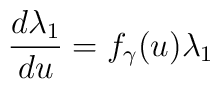
\frac{d\lambda_1}{du} = f_{\gamma}(u) \lambda_1